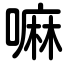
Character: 嘛